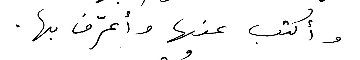
وأكتب عنها وأعرّف بها.